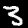
Label: 3